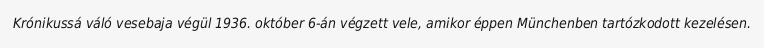
Krónikussá váló vesebaja végül 1936. október 6-án végzett vele, amikor éppen Münchenben tartózkodott kezelésen.